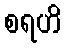
စရဟိ